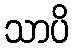
သာပိ